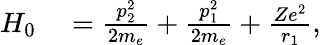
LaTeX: \begin{array}{rl}{H_{0}}&{{}=\frac{p_{2}^{2}}{2m_{e}}+\frac{p_{1}^{2}}{2m_{e}}+\frac{Ze^{2}}{r_{1}},}\end{array}